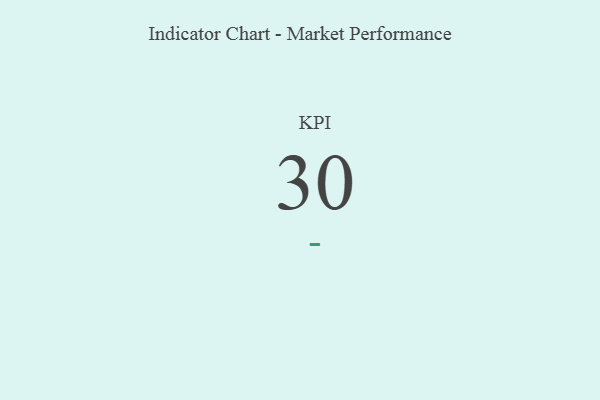
{"axis": {"x": "KPI", "y": "Value"}, "legend": [""], "data": [{"x": "KPI", "y": 30, "type": ""}]}